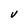
Character: V